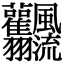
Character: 𩙣